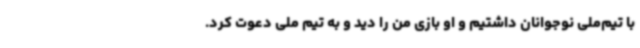
با تیم‌ملی نوجوانان داشتیم و او بازی من را دید و به تیم ملی دعوت کرد.